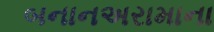
બનાનઅરામાના